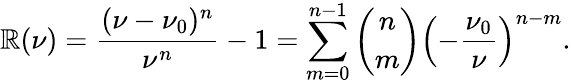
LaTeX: \mathbb{R}(\nu)=\frac{{(\nu-\nu_{0})^{n}}}{{\nu^{n}}}-1=\sum_{m=0}^{n-1}\binom{n}{m}\left(-\frac{{\nu_{0}}}{{\nu}}\right)^{n-m}.